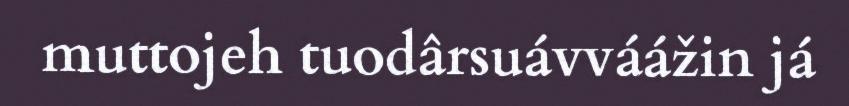
muttojeh tuodârsuávváážin já